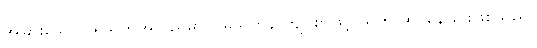
အခြားသော ပရိသတ်အလည်မှာ ငြိမ်သက်နာကျင်စွာဖြင့် သူက ထိုင်နေခြင်းဖြစ်သည်။